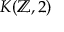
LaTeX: K ( \mathbb { Z } , 2 )